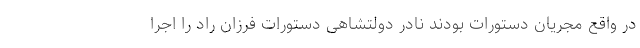
در واقع مجریان دستورات بودند نادر دولتشاهی دستورات فرزان راد را اجرا